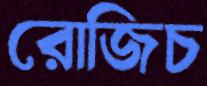
রোজিচ